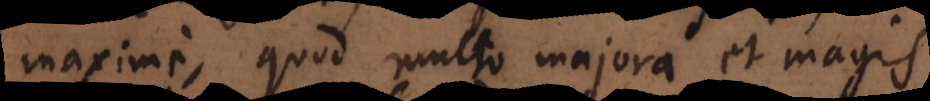
maxime, quod multo majora et magis